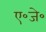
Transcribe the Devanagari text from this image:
ए॰जे॰